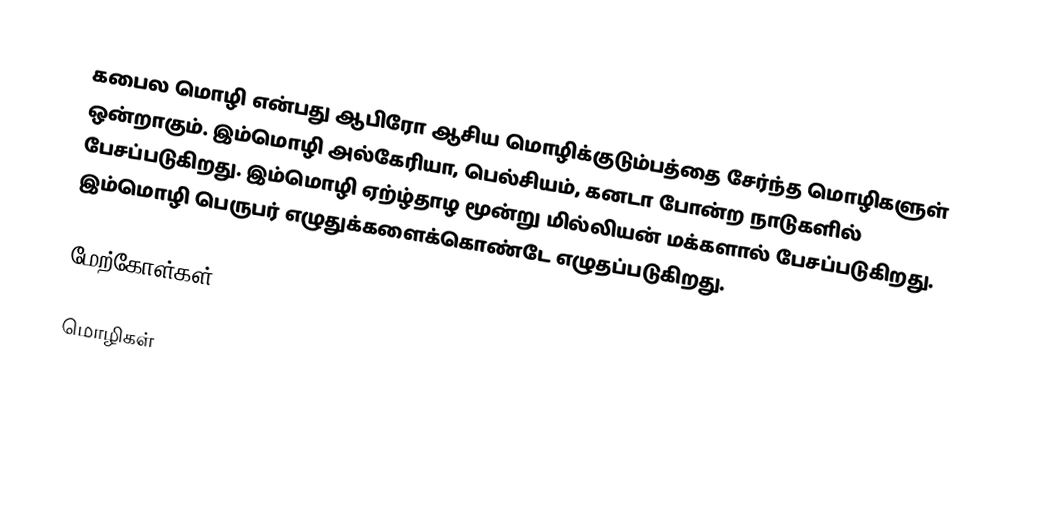
கபைல மொழி என்பது ஆபிரோ ஆசிய மொழிக்குடும்பத்தை சேர்ந்த மொழிகளுள் ஒன்றாகும். இம்மொழி அல்கேரியா, பெல்சியம், கனடா போன்ற நாடுகளில் பேசப்படுகிறது. இம்மொழி ஏற்ழ்தாழ மூன்று மில்லியன் மக்களால் பேசப்படுகிறது. இம்மொழி பெருபர் எழுதுக்களைக்கொண்டே எழுதப்படுகிறது.

மேற்கோள்கள்

மொழிகள்